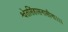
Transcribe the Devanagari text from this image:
श्वेतसिंहासनासीना।।।